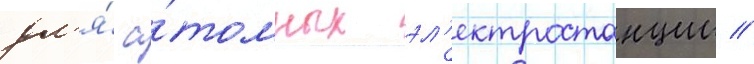
дл'я́ а́томных эл'ектростанции //